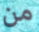
من